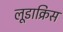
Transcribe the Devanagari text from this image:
लूडाक्रिस